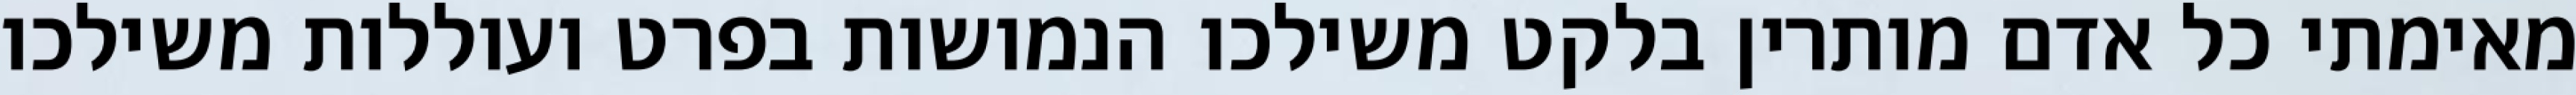
מאימתי כל אדם מותרין בלקט משילכו הנמושות בפרט ועוללות משילכו